Report of an investigation of the epidemic of malarial fever in Assam, or, kala-azar
Disease focus: Malaria
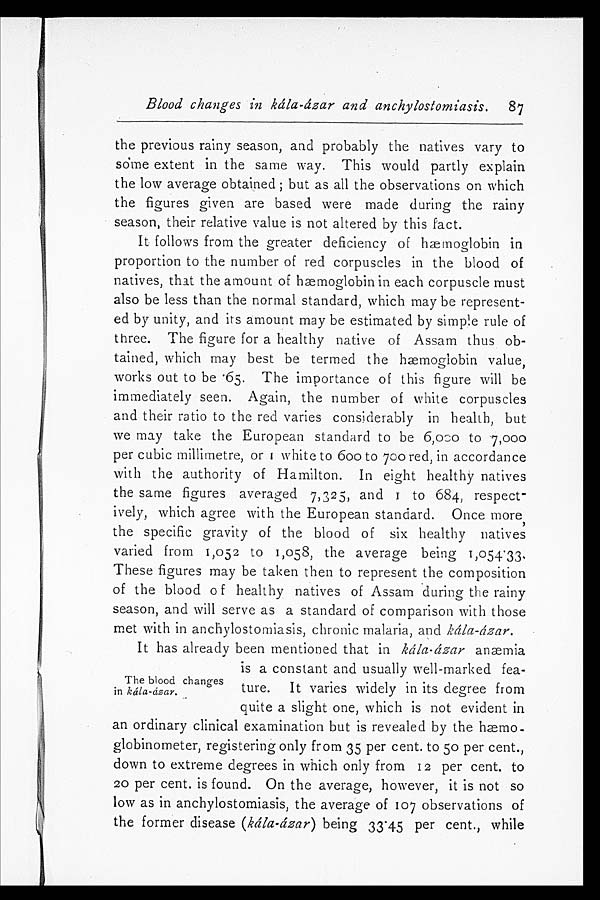
Blood changes in kála-ázar and anchylostomiasis.
87
the previous rainy season, and probably the natives vary to
some extent in the same way. This would partly explain
the low average obtained; but as all the observations on which
the figures given are based were made during the rainy
season, their relative value is not altered by this fact.
It follows from the greater deficiency of hæmoglobin in
proportion to the number of red corpuscles in the blood of
natives, that the amount of hæmoglobin in each corpuscle must
also be less than the normal standard, which may be represent
-ed by unity, and its amount may be estimated by simple rule of
three. The figure for a healthy native of Assam thus ob
-tained, which may best be termed the hæoglobin value,
works out t o be . 65. The i mport ance of t hi s fi gure wi l l be
immediately seen. Again, the number of white corpuscles
and their ratio to the red varies considerably in health, but
we may take the European standard to be 6,000 to 7,000
per cubic millimetre, or 1 white to 600 to 700 red, in accordance
with the authority of Hamilton. In eight healthy natives
the same figures averaged 7,325, and 1 to 684, respect
-ively, which agree with the European standard. Once more,
the specific gravity of the blood of six healthy natives
varied from 1,052 to 1,058, the average being 1,054.33,
These figures may be taken then to represent the composition
of the blood of healthy natives of Assam during the rainy
season, and will serve as a standard of comparison with those
met with in anchylostomiasis, chronic malaria, and kála-ázar.
The blood changes
in kála-ázar.
It has already been mentioned that in kála-ázar anæmia
is a constant and usually well-marked fea-
ture. It varies widely in its degree from
quite a slight one, which is not evident in
an ordinary clinical examination but is revealed by the hæmo
-globinometer, registering only from 35 per cent. to 50 per cent.,
down to extreme degrees in which only from 12 per cent. to
20 per cent. is found. On the average, however, it is not so
low as in anchylostomiasis, the average of 107 observations of
the former disease ( kála-ázar ) being 33.45 per cent., while